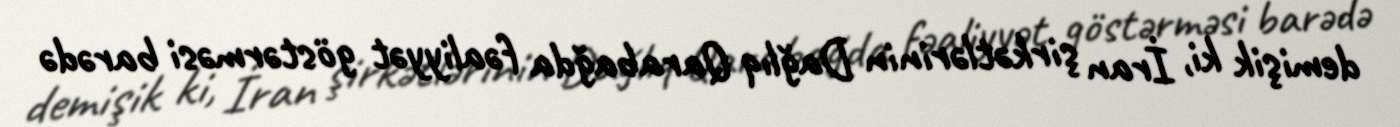
demişik ki, İran şirkətlərinin Dağlıq Qarabağda fəaliyyət göstərməsi barədə